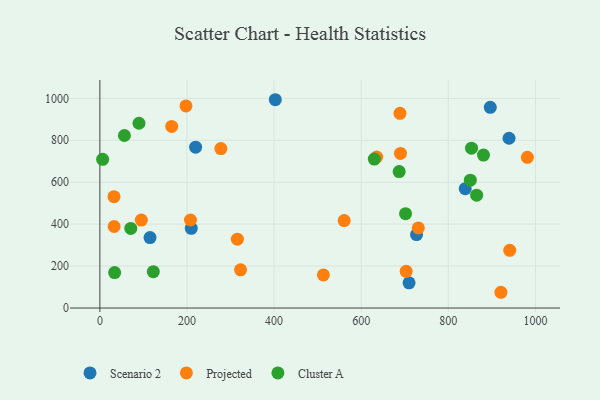
{"axis": {"x": "Ad Spend", "y": "Rating"}, "legend": ["Cluster A", "Projected", "Scenario 2"], "data": [{"x": "939.5", "y": 809.7, "type": "Scenario 2"}, {"x": "115.1", "y": 335.9, "type": "Scenario 2"}, {"x": "709.9", "y": 120.4, "type": "Scenario 2"}, {"x": "219.8", "y": 767.2, "type": "Scenario 2"}, {"x": "896.4", "y": 957.1, "type": "Scenario 2"}, {"x": "209.9", "y": 379.9, "type": "Scenario 2"}, {"x": "727.1", "y": 350.2, "type": "Scenario 2"}, {"x": "838.9", "y": 569.2, "type": "Scenario 2"}, {"x": "402.8", "y": 993.5, "type": "Scenario 2"}, {"x": "277.8", "y": 760.5, "type": "Projected"}, {"x": "941.1", "y": 275.3, "type": "Projected"}, {"x": "635.6", "y": 720.4, "type": "Projected"}, {"x": "513.2", "y": 158.0, "type": "Projected"}, {"x": "561.0", "y": 417.3, "type": "Projected"}, {"x": "208.0", "y": 419.8, "type": "Projected"}, {"x": "164.9", "y": 866.3, "type": "Projected"}, {"x": "32.7", "y": 388.9, "type": "Projected"}, {"x": "315.7", "y": 328.2, "type": "Projected"}, {"x": "32.4", "y": 531.0, "type": "Projected"}, {"x": "323.0", "y": 182.4, "type": "Projected"}, {"x": "690.2", "y": 737.3, "type": "Projected"}, {"x": "95.2", "y": 419.5, "type": "Projected"}, {"x": "981.6", "y": 718.7, "type": "Projected"}, {"x": "731.2", "y": 381.9, "type": "Projected"}, {"x": "197.7", "y": 963.8, "type": "Projected"}, {"x": "920.8", "y": 75.1, "type": "Projected"}, {"x": "703.3", "y": 175.0, "type": "Projected"}, {"x": "689.1", "y": 928.8, "type": "Projected"}, {"x": "865.1", "y": 538.3, "type": "Cluster A"}, {"x": "6.3", "y": 709.3, "type": "Cluster A"}, {"x": "701.9", "y": 449.9, "type": "Cluster A"}, {"x": "33.9", "y": 169.3, "type": "Cluster A"}, {"x": "70.9", "y": 379.5, "type": "Cluster A"}, {"x": "630.1", "y": 710.2, "type": "Cluster A"}, {"x": "687.2", "y": 650.8, "type": "Cluster A"}, {"x": "89.8", "y": 881.3, "type": "Cluster A"}, {"x": "853.3", "y": 762.3, "type": "Cluster A"}, {"x": "850.6", "y": 609.8, "type": "Cluster A"}, {"x": "880.8", "y": 729.5, "type": "Cluster A"}, {"x": "56.3", "y": 822.8, "type": "Cluster A"}, {"x": "122.7", "y": 173.4, "type": "Cluster A"}]}